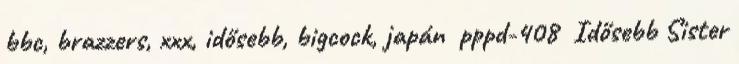
bbc, brazzers, xxx, idősebb, bigcock, japán pppd-408 Idősebb Sister